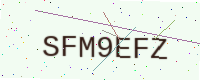
Text: SFM9EFZ